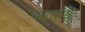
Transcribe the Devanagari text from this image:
अन्यायाकडे